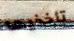
تأخذيها